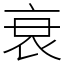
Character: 衰